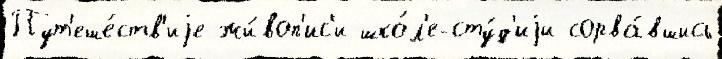
Пут'еше́ств'иjе жи́воп'ис'и шко́л'е-сту́д'иjи сорва́вшись